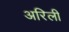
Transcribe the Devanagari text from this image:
अरिली